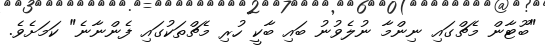
"ބޫޓާން މެޗްގައި ނިންމާ ނުލެވުނު ބައި ބާކީ ހުރި މެޗްތަކުގައި ފެންނާނެ" ކަމަށެވެ.